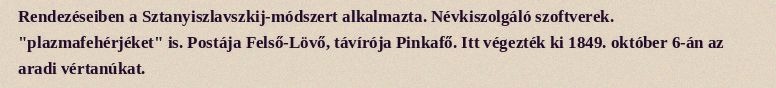
Rendezéseiben a Sztanyiszlavszkij-módszert alkalmazta. Névkiszolgáló szoftverek. "plazmafehérjéket" is. Postája Felső-Lövő, távírója Pinkafő. Itt végezték ki 1849. október 6-án az aradi vértanúkat.